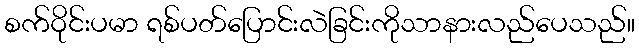
စက်ဝိုင်းပမာ ရစ်ပတ်ပြောင်းလဲခြင်းကိုသာနားလည်ပေသည်။